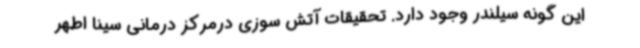
این گونه سیلندر وجود دارد. تحقیقات آتش سوزی درمرکز درمانی سینا اطهر